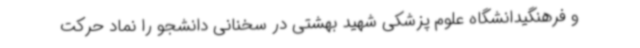
و فرهنگیدانشگاه علوم پزشکی شهید بهشتی در سخنانی دانشجو را نماد حرکت